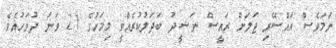
ނަމަވެސް އައްސޭރި ޖަލަށް ރައީސް ނަޝީދު ބަދަލުކުރެއްވީ މިމަހުގެ 21 ވަނަ ދުވަހުއެވެ.